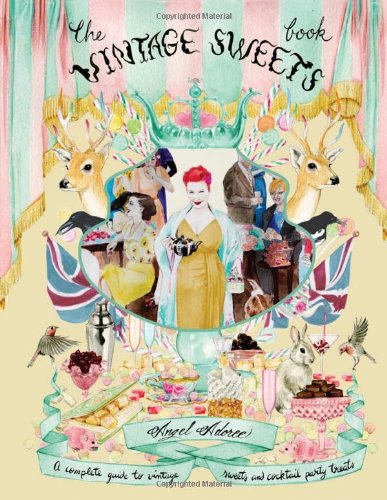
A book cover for The Vintage Sweet Book: A Complete Guide to Vintage Sweets and Cocktail Party Treats; Angel Adoree; Cookbooks, Food & Wine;